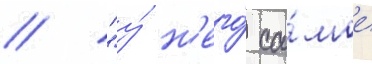
/ "у́ н'его́ са́мое